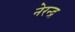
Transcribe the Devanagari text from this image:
नेरन्द्र